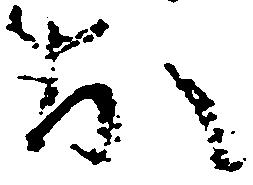
お